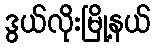
ဒွယ်လိုးမြို့နယ်